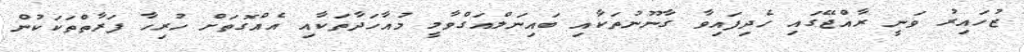
ޒުހައިރު ވަނީ ރާއްޖޭގައި ހެދިފައިވާ ގާނޫނުތަކާއި ބައިނަލްއަގްވާމީ މުއާހަދާތަކާއި އެއްގޮތަށް ހުރިހާ ފަރާތްތަކަކުން